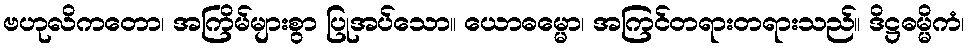
ဗဟုလိကတော၊ အကြိမ်များစွာ ပြုအပ်သော။ ယောဓမ္မော၊ အကြင်တရားတရားသည်။ ဒိဋ္ဌဓမ္မိကံ၊